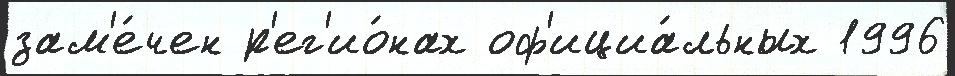
зам'е́чен р'ег'ио́нах оф'ициа́льных 1996